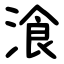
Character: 湌